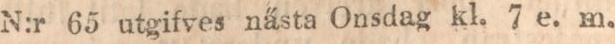
N:r 65 utgifves nästa Onsdag kl. 7 e. m.